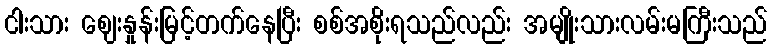
ငါးသား ဈေးနှုန်းမြင့်တက်နေပြီး စစ်အစိုးရသည်လည်း အမျိုးသားလမ်းမကြီးသည်